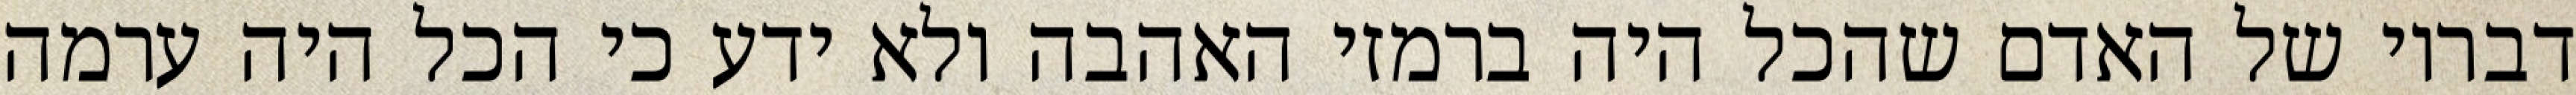
דבריו של האדם שהכל היה ברמזי האהבה ולא ידע כי הכל היה ערמה